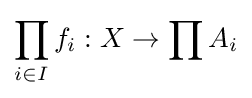
\prod _{i\in I}f_{i}:X\to \prod A_{i}